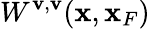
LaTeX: W^{\mathbf{v},\mathbf{v}}({\mathbf{x}},{\mathbf{x}}_{F})